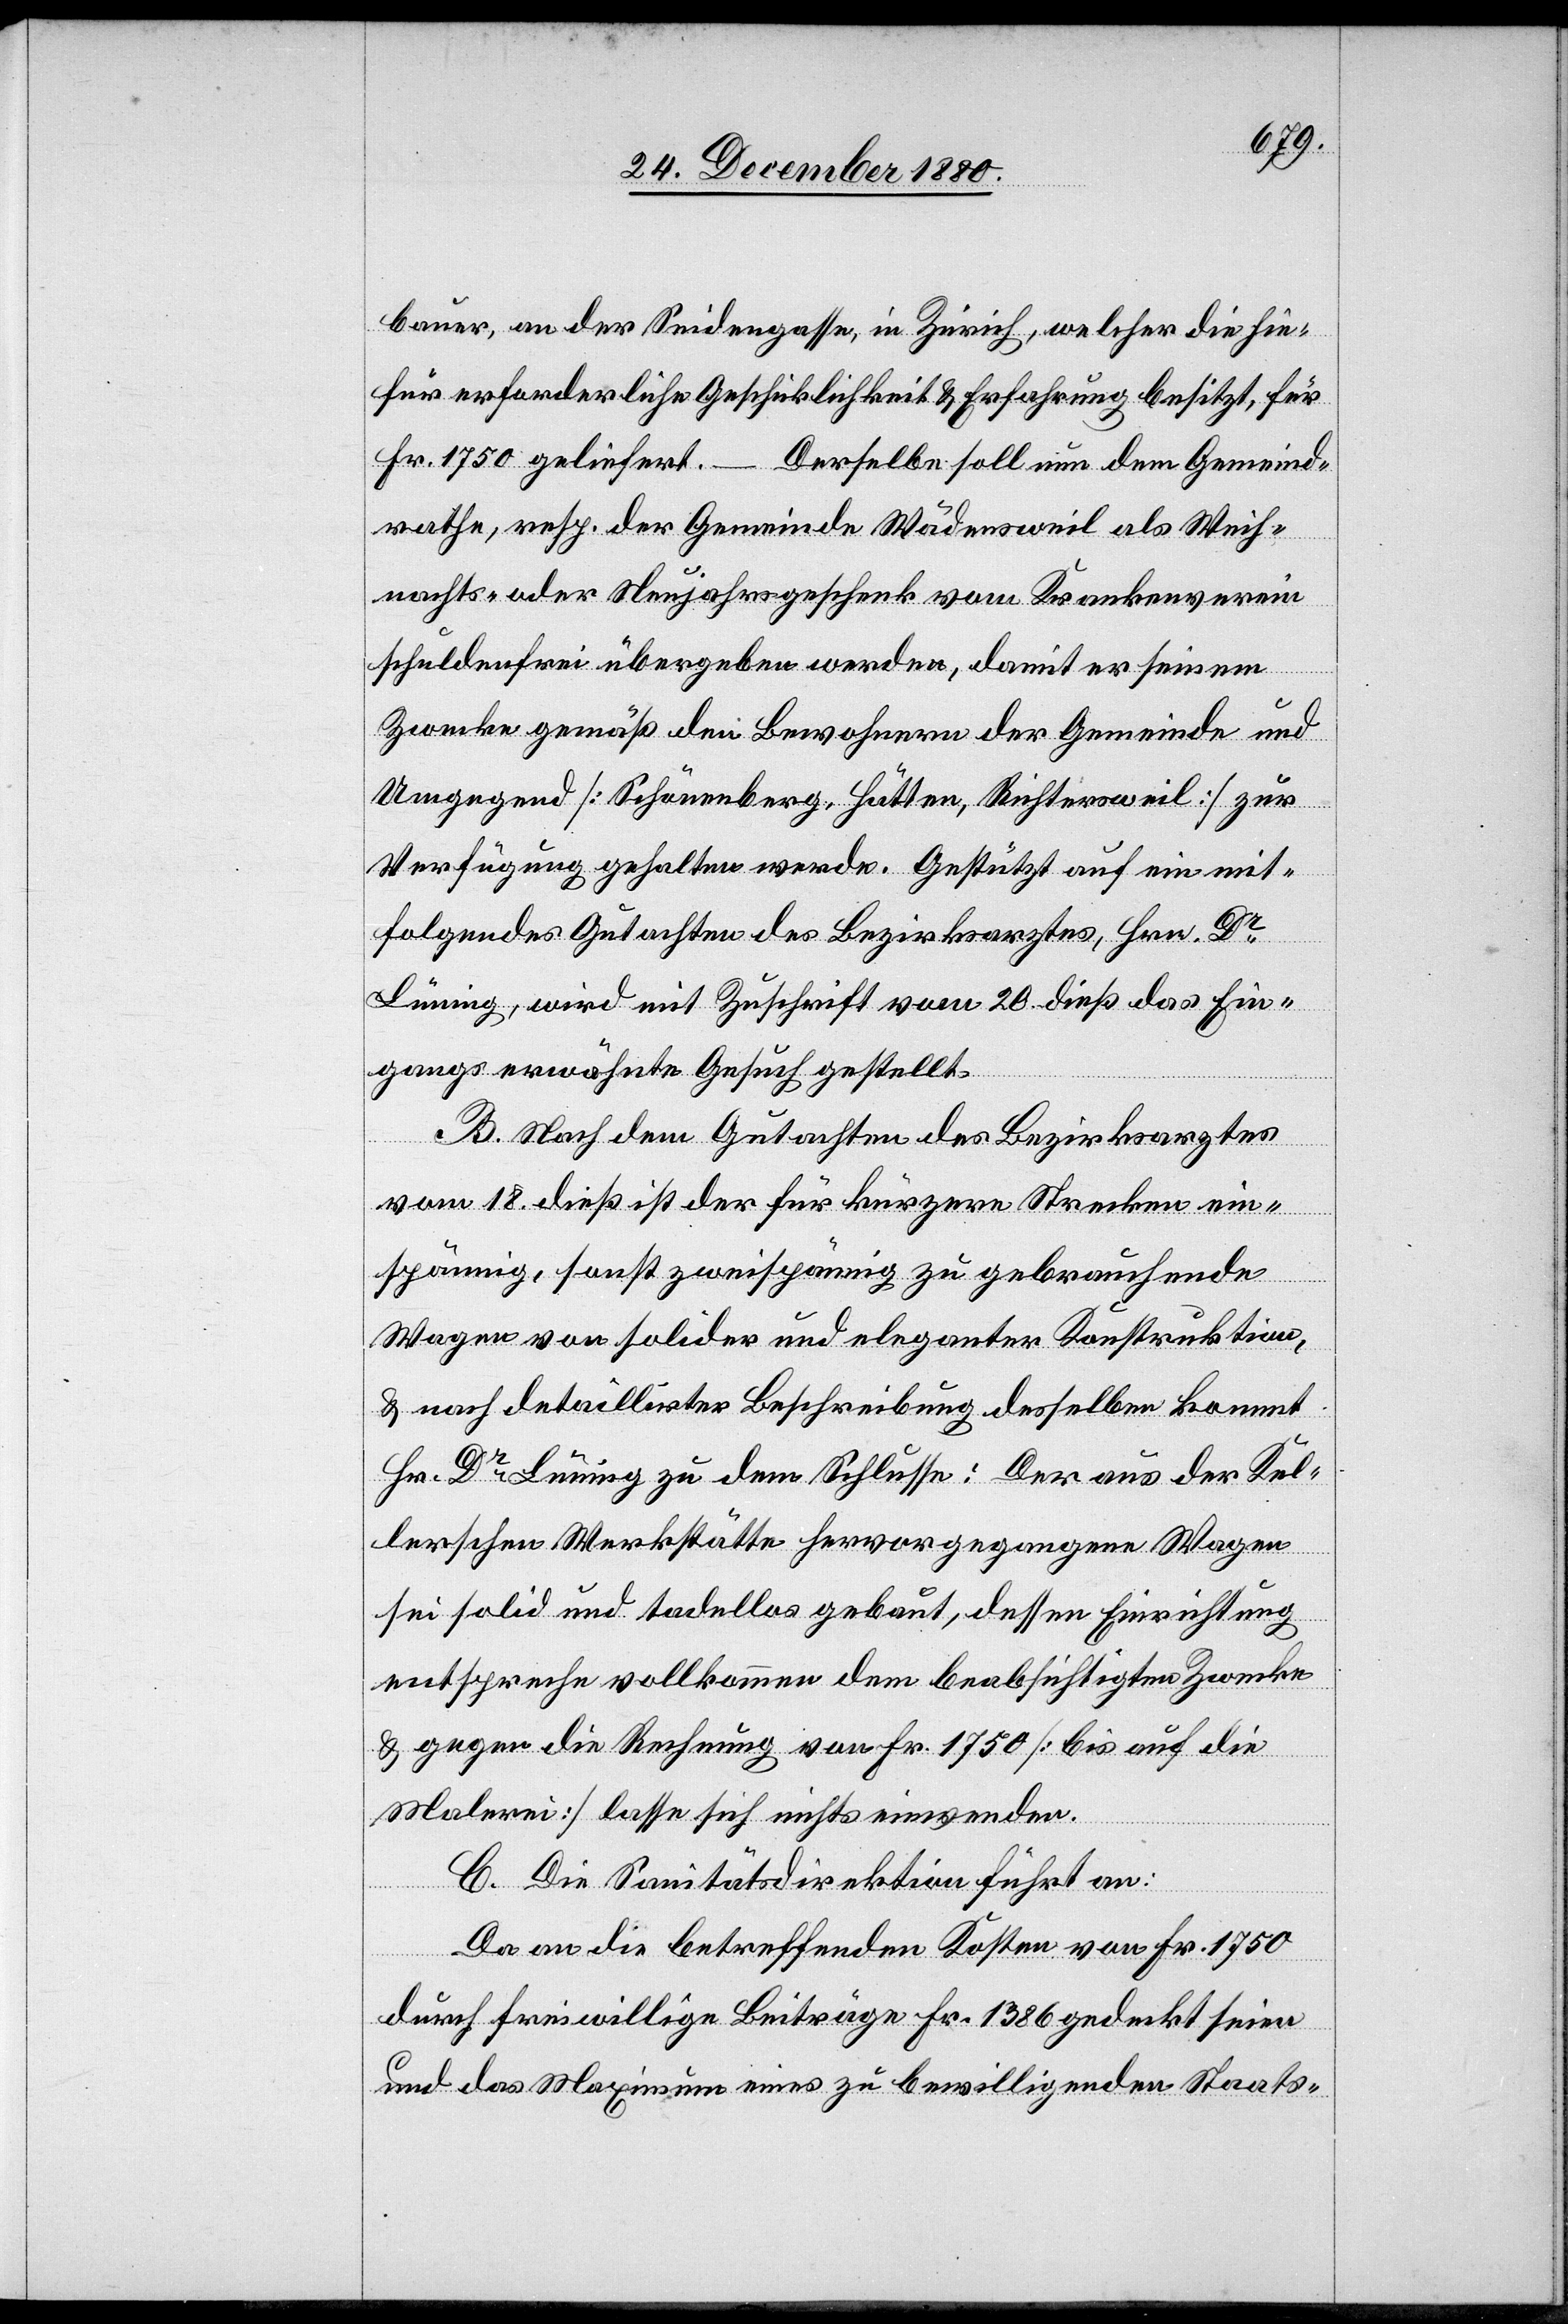
bauer, an der Seidengasse, in Zürich, welcher die hie¬
für erforderliche Geschicklichkeit & Erfahrung besitzt, für
Fr. 1750 geliefert.
Derselbe soll nun dem Gemeind¬
rathe, resp. der Gemeinde Wädensweil als Weih¬
nachts- oder Neujahrsgeschenk vom Krankenverein
schuldenfrei übergeben werden, damit er seinem
Zwecke gemäß den Bewohnern der Gemeinde und
Umgegend [Schönenberg, Hütten, Richtersweil] zur
Verfügung gehalten werde. Gestützt auf ein mit¬
folgendes Gutachten des Bezirksrathes, Hrn. Dr
Lüning, wird mit Zuschrift vom 20. dieß das Ein¬
gangs erwähnte Gesuch gestellt.
B. Nach dem Gutachten des Bezirksarztes
vom 18. dieß ist der für kürzere Strecken ein¬
spännig, sonst zweispännig zu gebrauchende
Wagen von solider und eleganter Konstruktion,
& nach detaillirter Beschreibung desselben kommt
Hr. Dr Lüning zu dem Schlusse: Der aus der Kel¬
lerschen Werkstätte hervorgegangene Wagen
sei solid und tadellos gebaut, dessen Einrichtung
entspreche vollkommen dem beabsichtigten Zwecke
& gegen die Rechnung von Fr. 1750 [bis auf die
Malerei] lasse sich nichts einwenden.
C. Die Sanitätsdirektion führt an:
Da an die betreffenden Kosten von Fr. 1750
durch freiwillige Beiträge Fr. 1386 gedeckt seien
und das Maximum eines zu bewilligenden Staats-